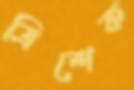
ত্রিশেক